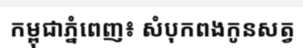
កម្ពុជាភ្នំពេញ៖ សំបុកពងកូនសត្វ